Indian journal of veterinary science and animal husbandry - Volumes 24-25, 1954-1955
Year: 1954
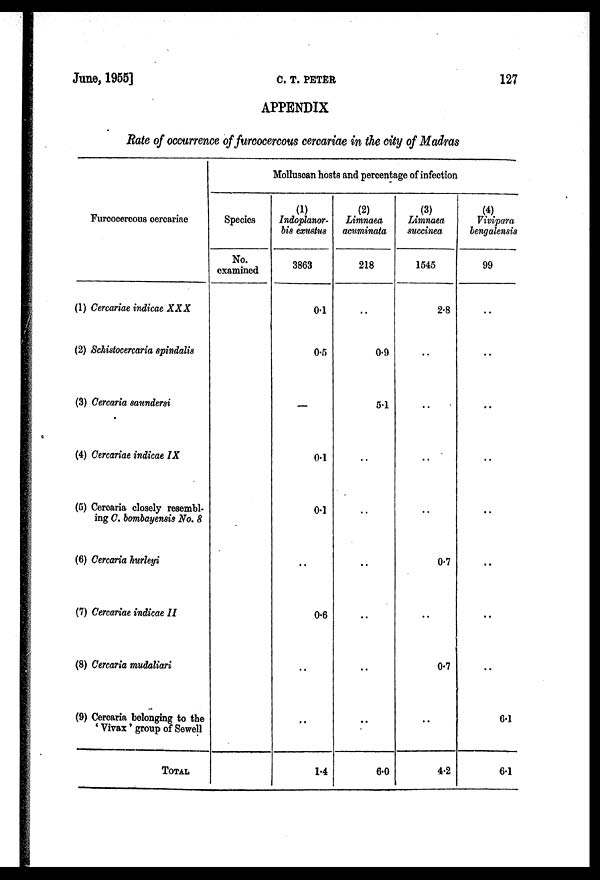
June, 1955]
C.
T.
PETER
127
APPENDIX
Rate of occurrence of furcocercous cercariae in the city of Madras
Furcocercous cercariae
(1) Cercariae indicae XXX
(2) Schistocercaria spindalis
(3) Cercaria saundersi
(4) Cercariae indicae IX
(5) Cercaria closely resembl-
ing C. bombayensis No. 8
(6) Cercaria hurleyi
(7) Cercariae indicae II
(8) Cercaria mudaliari
(9) Cercaria belonging to the
'Vivax' group of Sewell
TOTAL
Molluscan hosts and percentage of infection
Species
No.
examined
(1)
Indoplanor-
bis exustus
3863
0.1
0.5
—
0.1
0.1
..
0.6
..
..
1.4
(2)
Limnaea
acuminata
218
..
0.9
5.1
..
..
..
..
..
..
6.0
(3)
Limnaea
succinea
1545
2.8
..
..
..
..
0.7
..
0.7
..
4.2
(4)
Vivipara
bengalensis
99
..
..
..
..
..
..
..
..
6.1
6.1